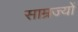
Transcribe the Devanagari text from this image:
साम्रज्यों